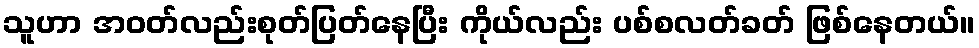
သူဟာ အဝတ်လည်းစုတ်ပြတ်နေပြီး ကိုယ်လည်း ပစ်စလတ်ခတ် ဖြစ်နေတယ်။